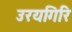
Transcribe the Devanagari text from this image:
उरयगिरि